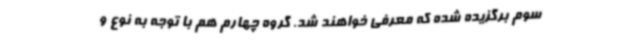
سوم برگزیده شده که معرفی خواهند شد. گروه چهارم هم با توجه به نوع و